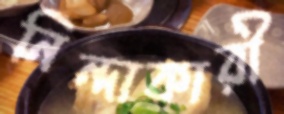
নিন্দাকারী